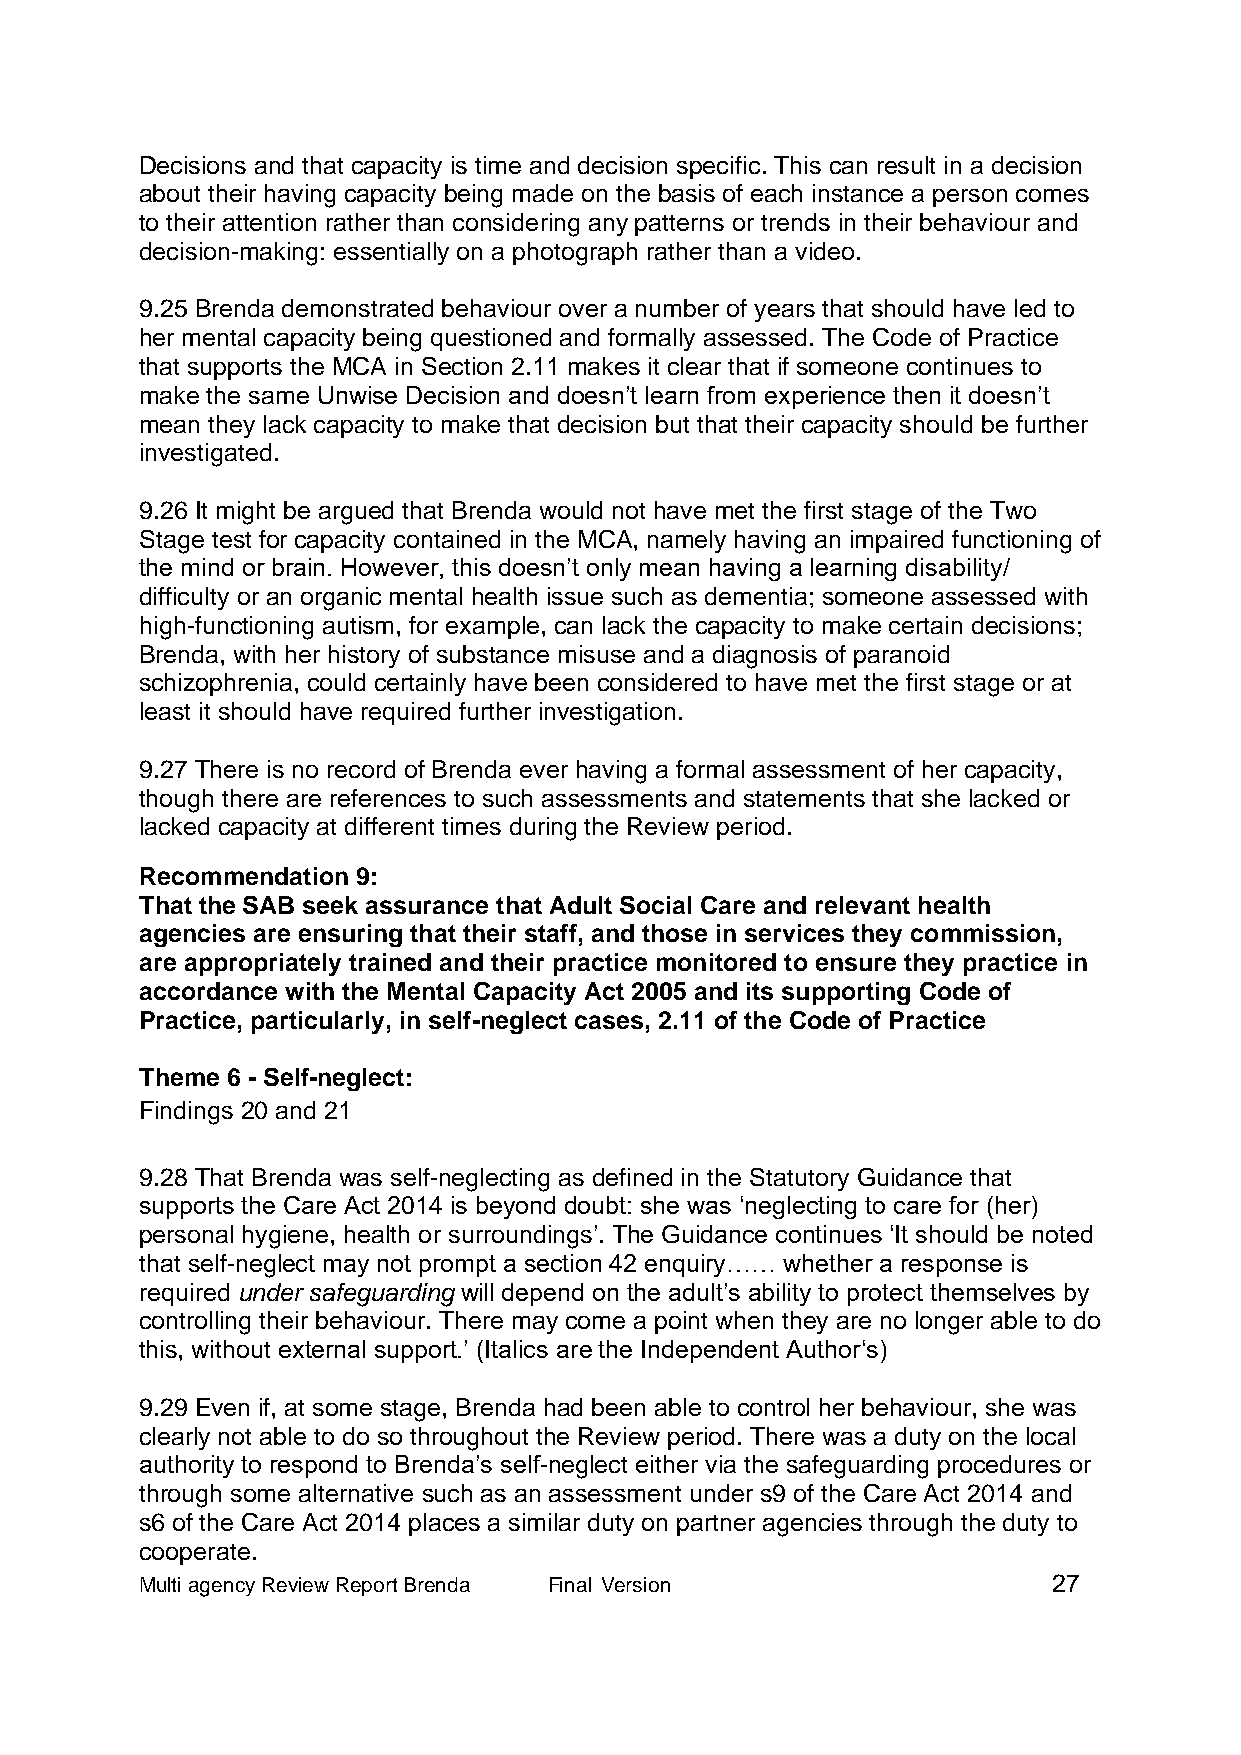
Decisions and that capacity is time and decision specific. This can result in a decision
 about their having capacity being made on the basis of each instance a person comes
 to their attention rather than considering any patterns or trends in their behaviour and
 decision-making: essentially on a photograph rather than a video.
 9.25 Brenda demonstrated behaviour over a number of years that should have led to
 her mental capacity being questioned and formally assessed. The Code of Practice
 that supports the MCA in Section 2.11 makes it clear that if someone continues to
 make the same Unwise Decision and doesn’t learn from experience then it doesn’t
 mean they lack capacity to make that decision but that their capacity should be further
 investigated.
 9.26 It might be argued that Brenda would not have met the first stage of the Two
 Stage test for capacity contained in the MCA, namely having an impaired functioning of
 the mind or brain. However, this doesn’t only mean having a learning disability/
 difficulty or an organic mental health issue such as dementia; someone assessed with
 high-functioning autism, for example, can lack the capacity to make certain decisions;
 Brenda, with her history of substance misuse and a diagnosis of paranoid
 schizophrenia, could certainly have been considered to have met the first stage or at
 least it should have required further investigation.
 9.27 There is no record of Brenda ever having a formal assessment of her capacity,
 though there are references to such assessments and statements that she lacked or
 lacked capacity at different times during the Review period.
 Recommendation 9:
 That the SAB seek assurance that Adult Social Care and relevant health
 agencies are ensuring that their staff, and those in services they commission,
 are appropriately trained and their practice monitored to ensure they practice in
 accordance with the Mental Capacity Act 2005 and its supporting Code of
 Practice, particularly, in self-neglect cases, 2.11 of the Code of Practice
 Theme 6 - Self-neglect:
 Findings 20 and 21
 9.28 That Brenda was self-neglecting as defined in the Statutory Guidance that
 supports the Care Act 2014 is beyond doubt: she was ‘neglecting to care for (her)
 personal hygiene, health or surroundings’. The Guidance continues ‘It should be noted
 that self-neglect may not prompt a section 42 enquiry…… whether a response is
 required under safeguarding will depend on the adult’s ability to protect themselves by
 controlling their behaviour. There may come a point when they are no longer able to do
 this, without external support.’ (Italics are the Independent Author‘s)
 9.29 Even if, at some stage, Brenda had been able to control her behaviour, she was
 clearly not able to do so throughout the Review period. There was a duty on the local
 authority to respond to Brenda’s self-neglect either via the safeguarding procedures or
 through some alternative such as an assessment under s9 of the Care Act 2014 and
 s6 of the Care Act 2014 places a similar duty on partner agencies through the duty to
 cooperate.
 Multi agency Review Report Brenda Final Version              27